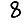
Digit: 8